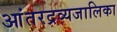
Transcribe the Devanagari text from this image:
आंतरद्रव्यजालिका